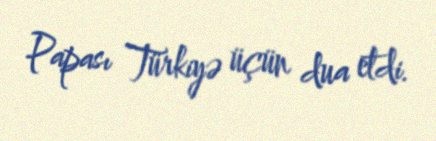
Papası Türkiyə üçün dua etdi.